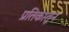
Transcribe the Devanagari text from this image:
प्रतिकातून